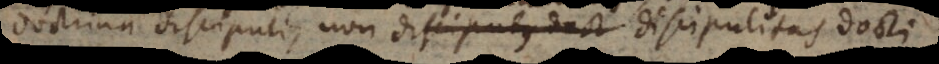
doctrina discipuli, non discipulus doct discipulitas docti